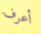
أعرف